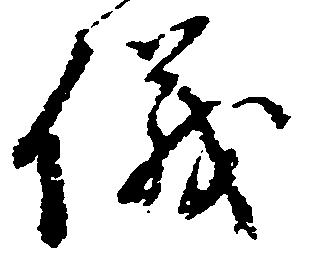
儀